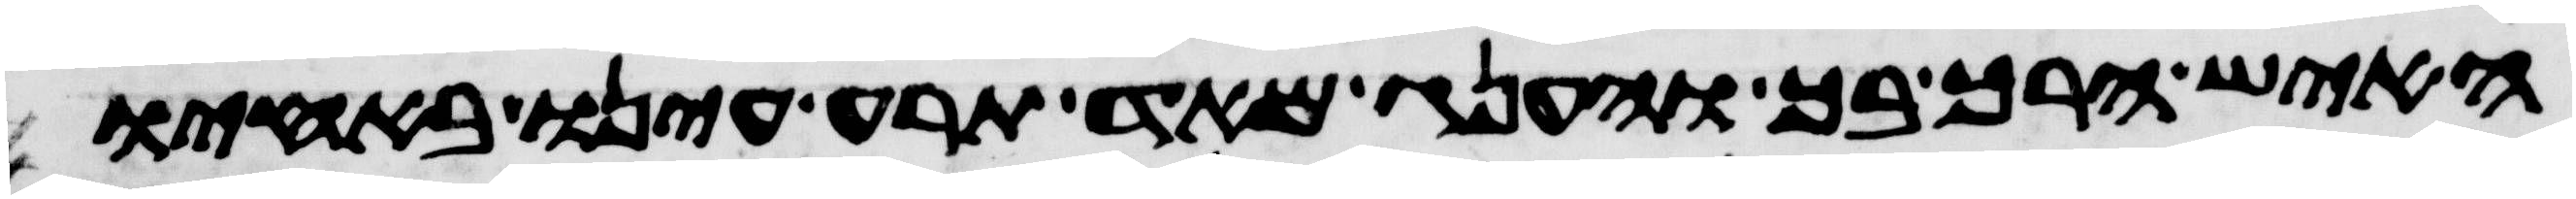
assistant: האיש הרך בך והענג מאד תרע עינו באחיו